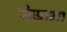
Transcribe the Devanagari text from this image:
संग्रामा